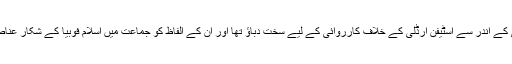
اس بیان کے بعد کنزر ویٹیو پارٹی کے اندر سے اسٹٰیفن ارڈلی کے خلاف کارروائی کے لیے سخت دباؤ تھا اور ان کے الفاظ کو جماعت میں اسلام فوبیا کے شکار عناصرکے بیان کے طورپر لیا گیا تھا۔